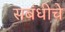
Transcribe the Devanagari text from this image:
सबंधीचे